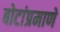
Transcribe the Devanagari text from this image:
बोटांप्रमाणे